Annual statistical returns and brief notes on vaccination in Bengal - 1909-1929
Year: 1909
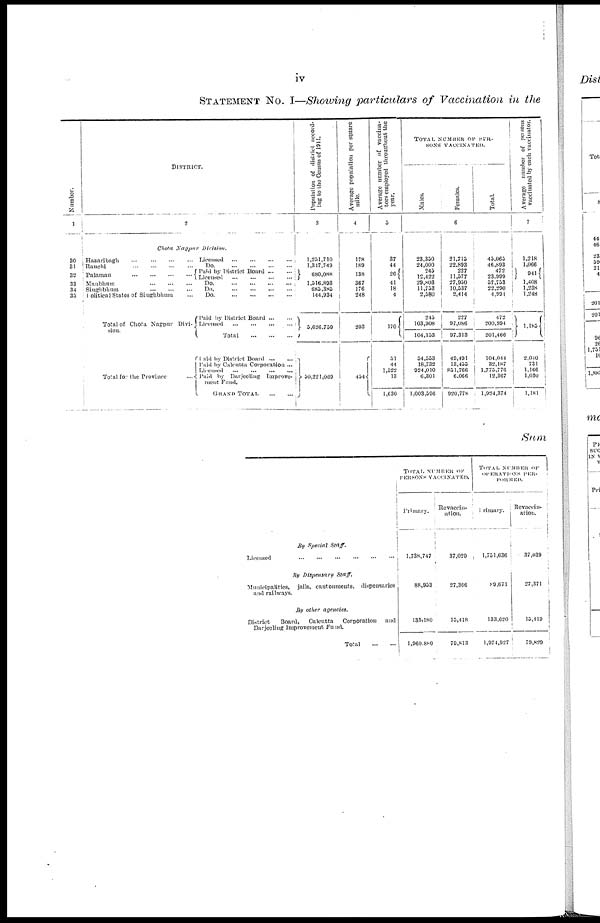
iv
STATEMENT No. I—Showing particulars of Vaccination in the
Number.
1
30
31
32
33
34
35
DISTRICT.
2
Chota Nagpur
Division.
Hazaribagh
...
...
...
...
Ranchi
...
...
...
...
Palamau
...
...
...
...
Manbhum
...
...
...
Singhbhum
...
...
...
Political States of Singhbhum ...
Total of Chota Nagpur Divi-
sion.
Total for the Province
...
Licensed
...
...
...
...
Do. ... ... ... ...
Paid by District Board
...
...
Licensed
...
...
...
...
Do. ... ... ... ...
Do. ... ... ... ...
Do. ... ... ... ...
Paid by District Board
...
...
Licensed
...
...
...
...
Total
...
...
...
Paid by District Board
...
...
Paid by Calcutta Corporation ...
Licened
...
...
...
...
Paid by Darjeeling Improve-
ment Fund.
GRAND TOTAL
...
...
Population of district accord-
ing to the Census of 1911.
3
1,251,710
1,317,749
680,088
1,516,893
685,385
144,934
5,626,759
50,221,069
Average population per square
mile.
4
178
189
138
367
176
248
203
454
Average number of vaccina-
tors employed throughout the
year.
5
37
44
26
41
18
4
170
51
44
1,522
13
1,630
TOTAL NUMBER OF PER-
SONS VACCINATED.
Males.
Females.
Total.
6
23,350
24,000
245
12,422
29,803
11,753
2,580
245
103,908
104,153
54,553
18,732
924,010
6,301
1,003,596
21,715
22,893
227
11,577
27,950
10,537
2,414
227
97,086
97,313
49,491
13,455
851,766
6,066
920,778
45,065
46,893
472
23,999
57,753
22,290
4,991
472
200,994
201,466
104,044
32,187
1,775,776
12,367
1,924,374
Average number of persons
vaccinated by each vaccinator.
7
1,218
1,066
941
1,408
1,238
1,248
1,185
2,040
731
1,166
1,030
1,181
Sum
By Special Staff.
Licensed
...
...
...
...
...
...
By Dispensary
Staff.
Municipalities, jails, cantonments, dispensaries
and railways.
By other agencies.
District
Board,
Calcutta
Corporation
and
Darjeeling Improvement Fund.
Total
...
...
TOTAL NUMBER OF
PERSONS VACCINATED.
Primary.
1,738,747
88,953
133,180
1,960,880
Revaccin-
-tion.
37,029
27,366
15,418
79,813
TOTAL NUMBER OF
OPERATIONS
PER-
FORMED.
Primary.
1,751,636
89,671
133,620
1,974,027
Revaccin-
ation
37,039
'
27,371
13,410
79,829